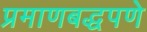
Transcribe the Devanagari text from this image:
प्रमाणबद्धपणे